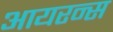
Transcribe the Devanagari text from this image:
आयरन्‍स